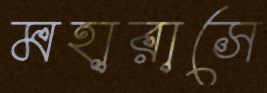
মহারাসে